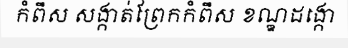
កំពឹស សង្កាត់ព្រែកកំពឹស ខណ្ឌដង្កោ